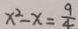
x ^ { 2 } - x = \frac { 9 } { 4 }